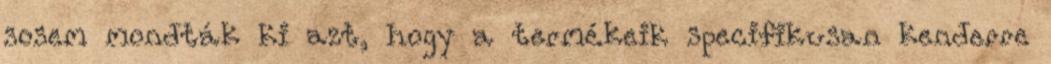
sosem mondták ki azt, hogy a termékeik specifikusan kenderre